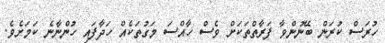
ހުރަސް ކުރަން ބޭނުންވާ ފަރާތްތަކަށް ވެސް ހާއްސަ މަގުތަކެއް ހަދާފައި ހުންނާނެ ކަމަށެވެ.